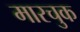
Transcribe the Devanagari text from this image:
मारचुक